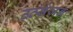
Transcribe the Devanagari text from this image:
उर्त्सजन